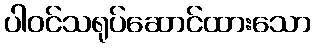
ပါဝင်သရုပ်ဆောင်ထားသော